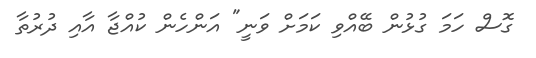
ގޮސް ހަމަ ގުޅުން ބޭއްވި ކަމަށް ވަނީ" އަންހެން ކުއްޖާ އާއި ދުރުތާ